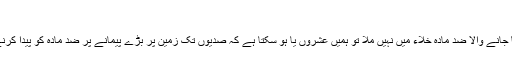
)
اگر قدرتی طور پر پایا جانے والا ضد مادّہ خلاء میں نہیں ملا تو ہمیں عشروں یا ہو سکتا ہے کہ صدیوں تک زمین پر بڑے پیمانے پر ضد مادّہ کو پیدا کرنے کا انتظار کرنا ہوگا۔